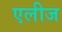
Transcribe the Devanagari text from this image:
एलीज